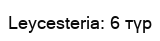
Leycesteria: 6 түр